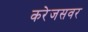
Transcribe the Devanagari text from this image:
करेजसवर